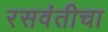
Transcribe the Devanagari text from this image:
रसवंतीचा